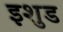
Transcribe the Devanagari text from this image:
इशुड